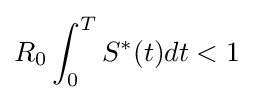
R_{0}\int _{0}^{T}{S^{*}(t)dt}<1